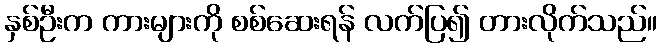
နှစ်ဦးက ကားများကို စစ်ဆေးရန် လက်ပြ၍ တားလိုက်သည်။